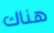
هناك